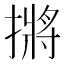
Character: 摪